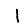
Digit: 1